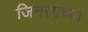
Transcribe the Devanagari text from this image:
जिनसांच्या